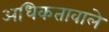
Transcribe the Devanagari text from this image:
अधिकतावाले